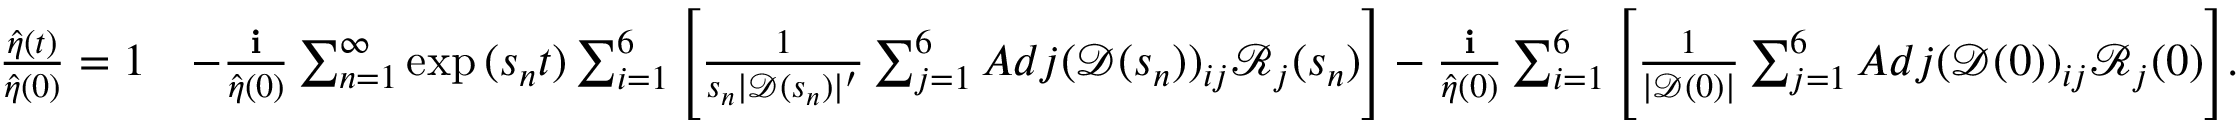
\begin{array} { r l } { \frac { \hat { \eta } ( t ) } { \hat { \eta } ( 0 ) } = 1 } & { - \frac { \textbf { i } } { \hat { \eta } ( 0 ) } \sum _ { n = 1 } ^ { \infty } \exp { ( s _ { n } t ) } \sum _ { i = 1 } ^ { 6 } \Bigg [ \frac { 1 } { s _ { n } | \mathscr { D } ( s _ { n } ) | ^ { \prime } } \sum _ { j = 1 } ^ { 6 } A d j ( \mathscr { D } ( s _ { n } ) ) _ { i j } \mathscr { R } _ { j } ( s _ { n } ) \Bigg ] - \frac { \textbf { i } } { \hat { \eta } ( 0 ) } \sum _ { i = 1 } ^ { 6 } \Bigg [ \frac { 1 } { | \mathscr { D } ( 0 ) | } \sum _ { j = 1 } ^ { 6 } A d j ( \mathscr { D } ( 0 ) ) _ { i j } \mathscr { R } _ { j } ( 0 ) \Bigg ] . } \end{array}